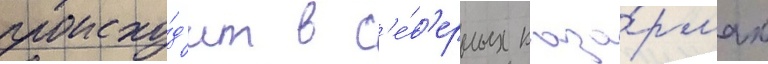
происхо́д'ит в с'е́в'ерных каза́рмах